Annual administration report of the Civil Veterinary Department of India - 1895-1896
Year: 1895
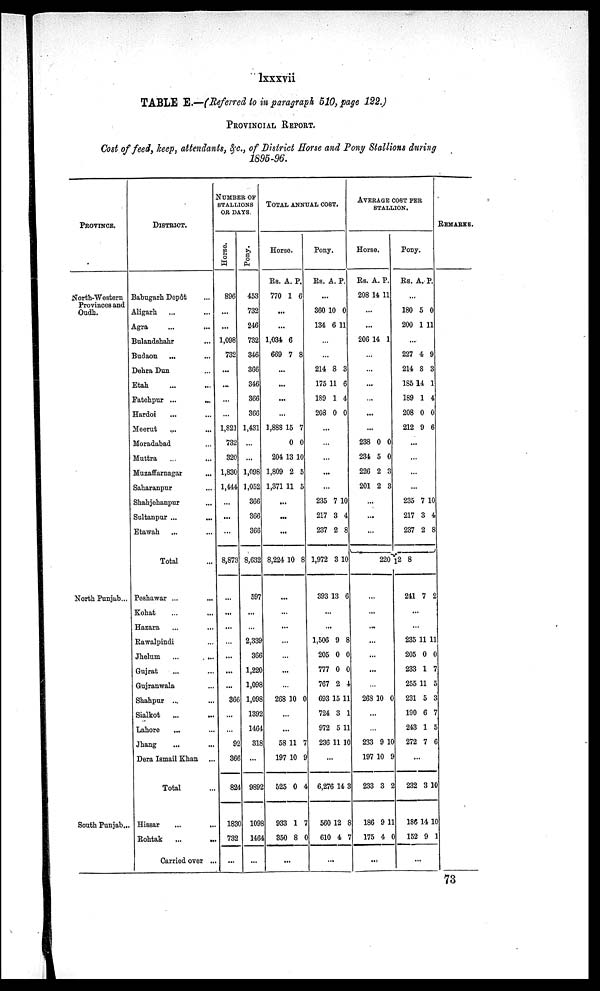
lxxxvii
TABLE E.—(Referred to in paragraph 510, page 122.)
PROVINCIAL REPORT.
Cost of feed, keep, attendants, &c., of District Horse and Pony Stallions during
1895-96.
PROVINCE.
North-Western
Provinces and
Oudh.
North Punjab...
South Punjab...
DISTRICT.
Babugarh Depôt ...
Aligarh ... ....
Agra ... ...
Balandshahr ...
Budaon ... ...
Dehra Dun ...
Etah ... ...
Fatehpur ...
...
Hardoi ... ...
Meerut ... ...
Moradabad ...
Muttra ... ...
Muzaffarnagar ...
Saharanpur ....
Shahjehanpur ...
Sultanpur ... ...
Etawah ... ...
Total ...
Peshawar ... ...
Kohat ... ...
Hazara ... ...
Rawalpindi ...
Jhelum
...
...
Gujrat ... ...
Gujranwala ...
Shahpur ... ...
Sialkot
... ...
Lahore ... ...
Jhang ... ...
Dera Ismail Khan ...
Total ...
Hissar ... ...
Rohtak
...
...
Carried over ...
NUMBER OF
STALLIONS
OR DAYS.
Horse.
896
...
...
1,098
732
...
...
...
...
1,821
732
320
1,830
1,444
...
...
...
8,873
...
...
...
...
...
...
...
366
...
...
92
366
824
1830
732
...
Pony.
453
732
246
732
346
366
346
366
366
1,431
...
...
1,098
1,052
366
366
366
8,632
597
...
...
2,339
366
1,220
1,098
1,098
1392
1464
318
...
9892
1098
1464
...
TOTAL ANNUAL COST.
Horse.
Rs.
770
A.
1
P.
6
...
...
1,034
669
6
7 8
...
...
...
...
1,888
204
1,809
1,371
15
0
13
2
11
7
0
10
5
5
...
...
...
8,224 10 8
...
...
...
...
...
...
...
268 10 0
...
...
58
197
525
933
350
11
10
0
1
8
7
9
4
7
0
...
Pony.
Rs. A. P.
...
360
134
10
6
0
11
...
...
214
175
189
208
8
11
1
0
3
6
4
0
...
...
...
...
...
235
217
237
1,972
393
...
...
1,506
205
777
767
693
724
972
236
7
3
2
3
13
9
0
0
2
15
3
5
11
10
4
8
10
6
8
0
0
4
11
1
11
10
...
6,276
560
610
14
12
4
3
8
7
...
AVERAGE COST PER
STALLION.
Horse.
Rs.
208
A.
14
P.
11
...
...
206 14 1
...
...
...
...
...
...
238
234
226
201
0
5
2
2
0
0
3
3
...
...
...
Pony.
Rs.
A. P.
...
180
200
5
1
0
11
...
227
214
185 1
189
208
212
4
8
4
1
0
9
9
3
1
4
0
6
...
...
...
...
235
217
237
7
3
2
10
4
8
220 12 8
...
...
...
...
...
...
...
268 10 0
...
...
233
197
233
186
175
9
10
3
9
4
10
9
2
11
0
...
241 7 2
...
...
235
205
233
255
231
190
243
272
11
0
1
11
5
6
1
7
11
0
7
5
3
7
5
6
...
232
186
152
3
14
9
10
10
1
...
REMARKS.
73